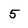
Character: 5